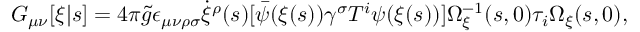
G _ { \mu \nu } [ \xi | s ] = 4 \pi { \tilde { g } } \epsilon _ { \mu \nu \rho \sigma } \dot { \xi } ^ { \rho } ( s ) [ { \bar { \psi } } ( \xi ( s ) ) \gamma ^ { \sigma } T ^ { i } \psi ( \xi ( s ) ) ] \Omega _ { \xi } ^ { - 1 } ( s , 0 ) \tau _ { i } \Omega _ { \xi } ( s , 0 ) ,